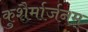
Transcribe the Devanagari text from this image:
कुशैर्मार्जनम्